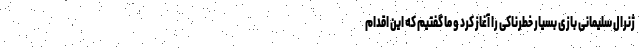
ژنرال سلیمانی بازی بسیار خطرناکی را آغاز کرد و ما گفتیم که این اقدام